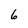
Character: 6